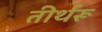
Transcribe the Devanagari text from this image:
तीर्थरू